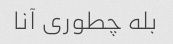
بله چطوری آنا